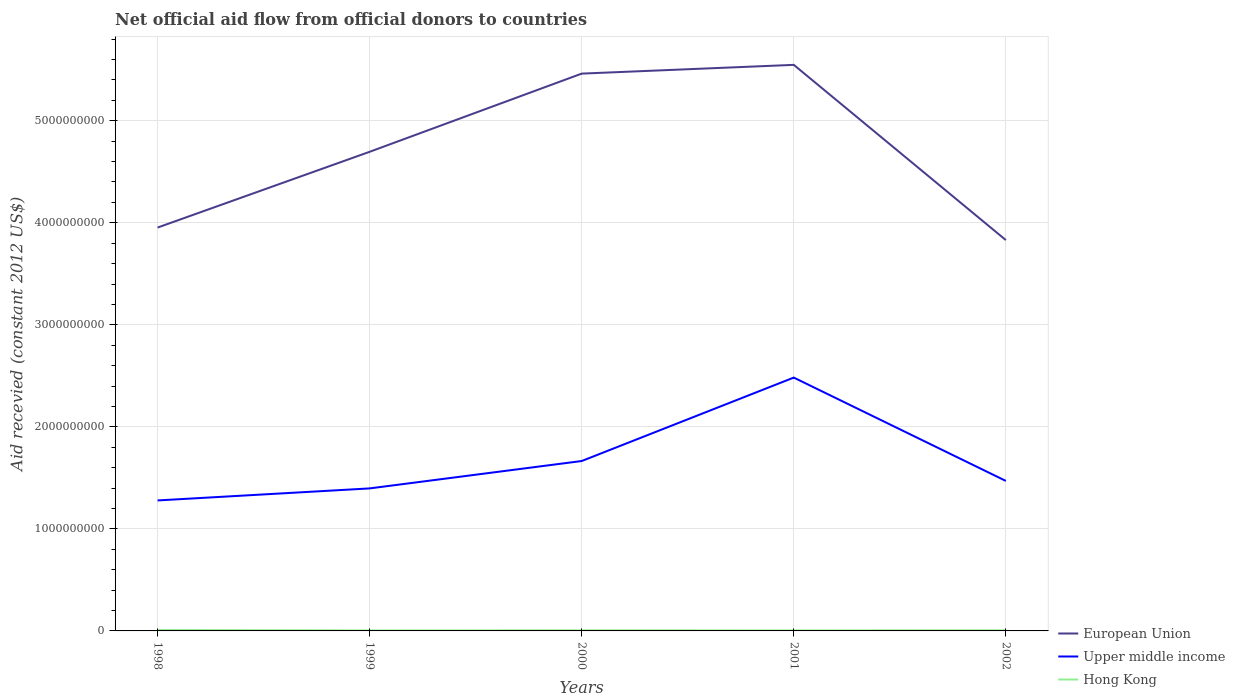
| Years | European Union | Upper middle income | Hong Kong |
 | --- | --- | --- | --- |
 | 1998 | 3.95e+09 | 1.28e+09 | 9.64e+06 |
 | 1999 | 4.7e+09 | 1.4e+09 | 4.73e+06 |
 | 2000 | 5.46e+09 | 1.67e+09 | 5.83e+06 |
 | 2001 | 5.55e+09 | 2.48e+09 | 5.12e+06 |
 | 2002 | 3.83e+09 | 1.47e+09 | 5.92e+06 |